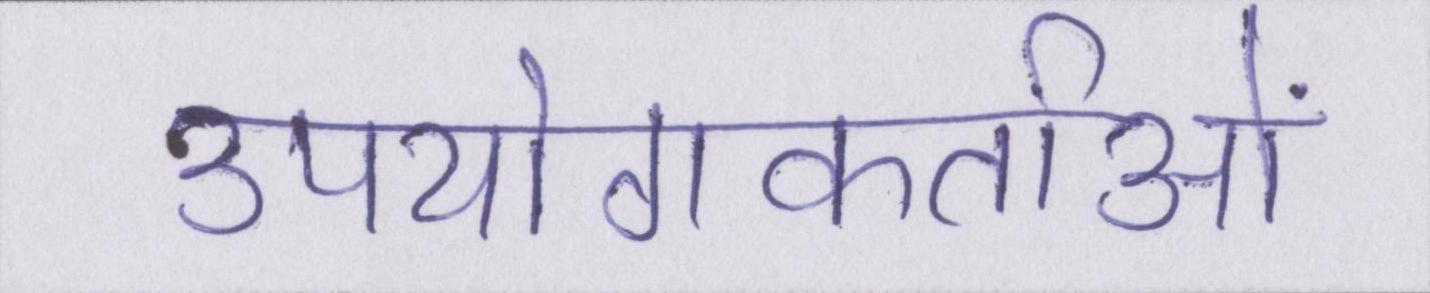
उपयोगकर्ताओं